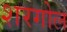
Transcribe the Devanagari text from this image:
शरगोल